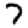
Digit: 7